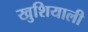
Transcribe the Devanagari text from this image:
खुशियाली